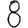
Digit: 8